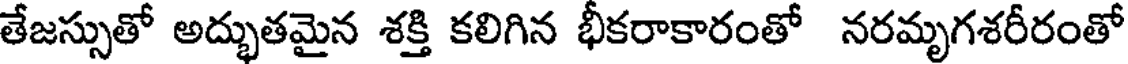
తేజస్సుతో అద్భుతమైన శక్తి కలిగిన భీకరాకారంతో నరమృగశరీరంతో